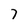
Character: 7